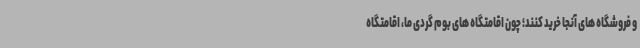
و فروشگاه های آنجا خرید کنند؛ چون اقامتگاه های بوم گردی ما، اقامتگاه